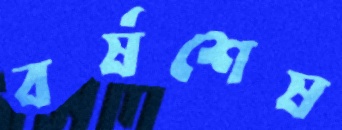
বর্ষশেষ